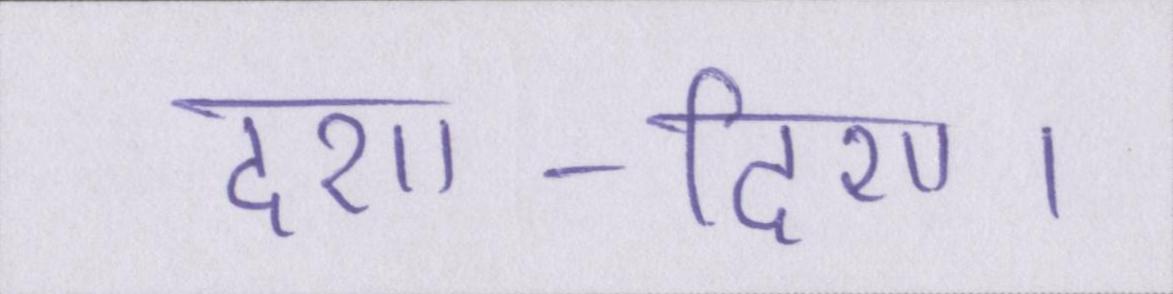
दशा-दिशा।